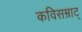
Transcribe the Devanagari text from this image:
कविसम्राट्